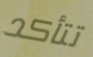
تتأكد